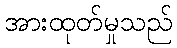
အားထုတ်မှုသည်